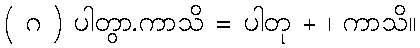
( ဂ ) ပါတွာ.ကာသိ = ပါတု + ၊ ကာသိ။